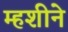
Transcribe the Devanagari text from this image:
म्हशीने